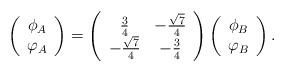
LaTeX: \begin{align*}\left(\begin{array}{c} \phi_A\\ \varphi_A \end{array}\right) = \left(\begin{array}{cc} \frac{3}{4}& - \frac{\sqrt{7}}{4}\\ - \frac{\sqrt{7}}{4} & - \frac{3}{4} \end{array}\right) \left(\begin{array}{c} \phi_B\\ \varphi_B \end{array}\right).\end{align*}